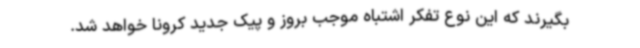
بگیرند که این نوع تفکر اشتباه موجب بروز و پیک جدید کرونا خواهد شد.